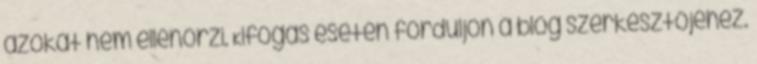
azokat nem ellenőrzi. Kifogás esetén forduljon a blog szerkesztőjéhez.